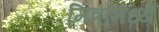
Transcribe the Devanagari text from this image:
मित्रांमध्ये